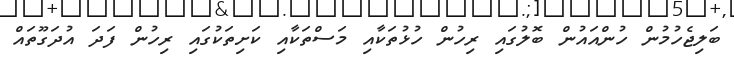
ބަލިޖެހުމުން ހުންއައުން ބޮލުގައި ރިހުން ހުޅުތަކާއި މަސްތަކާއި ކަށިތަކުގައި ރިހުން ފަދަ އުދަގޫތައް